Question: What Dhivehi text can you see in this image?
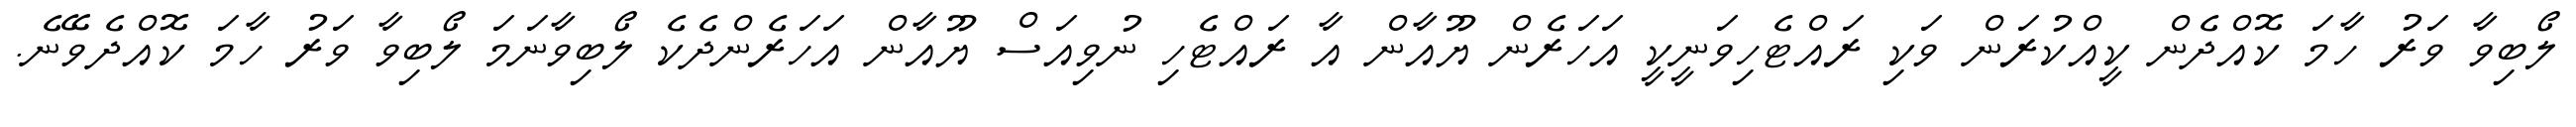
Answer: ލޯބިވާ ވަރު ހާމަ ކޮއްދެން ކީއްކުރަން ވަކި ރައްޓެހިވަނީކީ އަހަރެން ޔޫއާން އާ ރައްޓެހި ނުވިއަސް ޔޫއާން އަހަރެންދެކެ ލޯބިވާނަމަ ލޯބިވާ ވަރު ހާމަ ކޮއްދެވޭނެ.